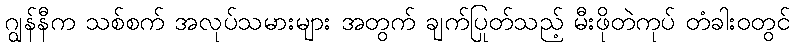
ဂျွန်နီက သစ်စက် အလုပ်သမားများ အတွက် ချက်ပြုတ်သည့် မီးဖိုတဲကုပ် တံခါးဝတွင်